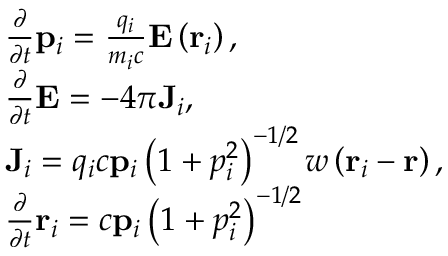
\begin{array} { r l } & { \frac { \partial } { \partial t } \mathbf { p } _ { i } = \frac { q _ { i } } { m _ { i } c } \mathbf { E } \left( \mathbf { r } _ { i } \right) , } \\ & { \frac { \partial } { \partial t } \mathbf { E } = - 4 \pi \mathbf { J } _ { i } , } \\ & { \mathbf { J } _ { i } = q _ { i } c \mathbf { p } _ { i } \left( 1 + p _ { i } ^ { 2 } \right) ^ { - 1 / 2 } w \left( \mathbf { r } _ { i } - \mathbf { r } \right) , } \\ & { \frac { \partial } { \partial t } \mathbf { r } _ { i } = c \mathbf { p } _ { i } \left( 1 + p _ { i } ^ { 2 } \right) ^ { - 1 / 2 } } \end{array}